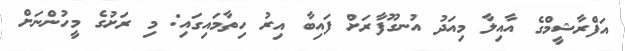
އަފްރާޝީމްގެ އާއިލާ މިއަދު އުނގޫފާރަށް ފައިބާ އިރު ހިތާމައިގައި: މި ރަށުގެ މީހުންނަށް